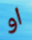
او